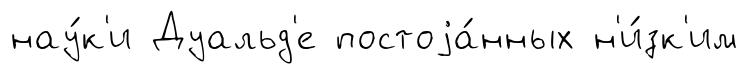
нау́к'и Дуальд'е постоjа́нных н'и́зк'им